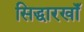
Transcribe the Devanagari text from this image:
सिद्धारखॉँ